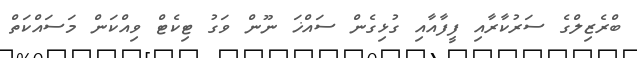
ބްރެޒިލްގެ ސަރުކާރާއި ފީފާއާއި ގުޅިގެން ސައްޚަ ނޫން ވަގު ޓިކެޓް ވިއްކަން މަސައްކަތް